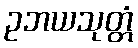
ဥဘယသုတ္တံ